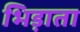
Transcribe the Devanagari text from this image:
भिड़ाता